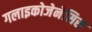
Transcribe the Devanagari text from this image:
गलाइकोजेनेसिस